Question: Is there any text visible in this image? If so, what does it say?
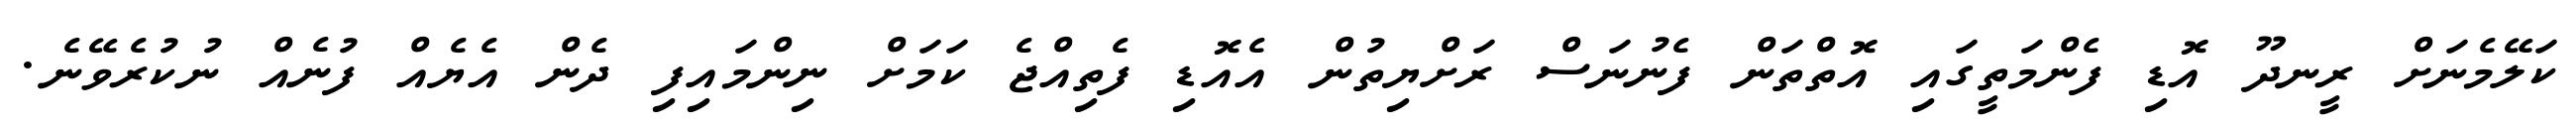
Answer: ކަލޭމެނަށް ރީނދޫ އޮޑި ފެންމަތީގައި އޮތްތަން ފެނުނަސް ރަށްޔިތުން އެއޮޑި ފެތިއްޖެ ކަމަށް ނިންމައިފި ދެން އެޔެއް ފުނެއް ނުކުރެވޭނެ.